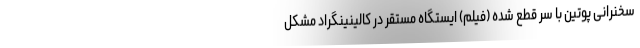
سخنرانی پوتین با سر قطع شده (فیلم) ایستگاه مستقر در کالینینگراد مشکل